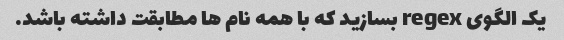
یک الگوی regex بسازید که با همه نام ها مطابقت داشته باشد.